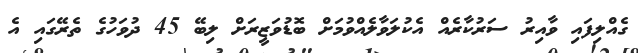
ގެއްލިފައި ވާއިރު ސަރުކާރެއް އެކުލަވާލެއްވުމަށް ބޮޑުވަޒީރަށް ލިބޭ 45 ދުވަހުގެ ތެރޭގައި އެ